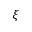
\xi